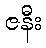
ဇနီး